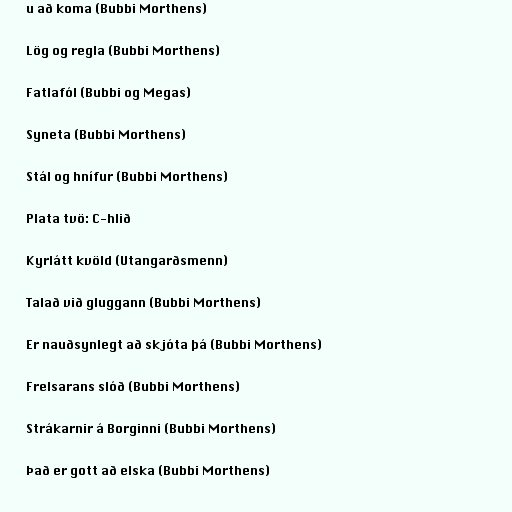
u að koma (Bubbi Morthens)

Lög og regla (Bubbi Morthens)

Fatlafól (Bubbi og Megas)

Syneta (Bubbi Morthens)

Stál og hnífur (Bubbi Morthens)

Plata tvö: C-hlið

Kyrlátt kvöld (Utangarðsmenn)

Talað við gluggann (Bubbi Morthens)

Er nauðsynlegt að skjóta þá (Bubbi Morthens)

Frelsarans slóð (Bubbi Morthens)

Strákarnir á Borginni (Bubbi Morthens)

Það er gott að elska (Bubbi Morthens)